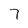
Character: 7